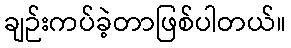
ချဉ်းကပ်ခဲ့တာဖြစ်ပါတယ်။